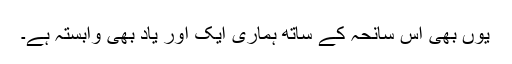
یوں بھی اس سانحہ کے ساتھ ہماری ایک اور یاد بھی وابستہ ہے۔